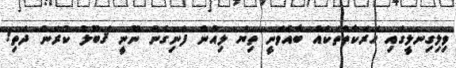
ވިލިގިނލީގައި ހަރަކާތްތަކެއް ބާއްވަނީ ތިޔަ ލިއުން ފެނިގެން ނޫނީ ޤަބޫލު ކުރަން ދަތި!